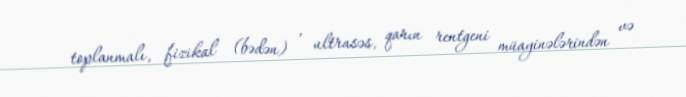
toplanmalı, fizikal (bədən) , ultrasəs, qarın rentgeni müayinələrindən və